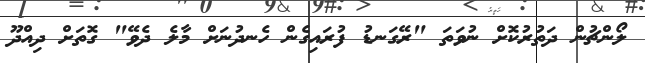
ލޯންޗުން ދަތުރުކޮށް ނުވަތަ "ރޭގަނޑު ފުރައިގެން ހެނދުނަށް މާލެ ދެވޭ" ގޮތަށް ދިއްދޫ